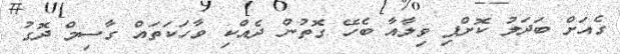
ގެއަށް ބަދަލު ކޮށްފި ވިލާއާ ބެހޭ ގޮތުން ދެއްކި ވާހަކަތައް ގާސިމް ދޮގު